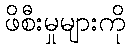
ဖိစီးမှုများကို